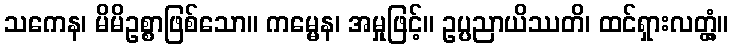
သကေန၊ မိမိဥစ္စာဖြစ်သော။ ကမ္မေန၊ အမှုဖြင့်။ ဥပ္ပညာယိဿတိ၊ ထင်ရှားလတ္တံ့။